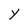
Character: Y